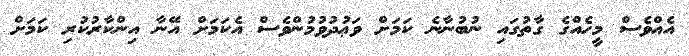
އެއްވެސް މީހެއްގެ ގާތުގައި ނުބުނާނެ ކަމަށް ވަޢުދުވުމުންވެސް އެކަމަށް އޭނާ އިންކާރުކުރި ކަމަށް